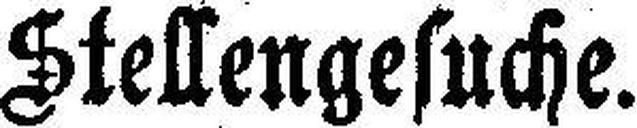
Stellengesuche.